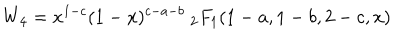
W _ { 4 } = x ^ { 1 - c } ( 1 - x ) ^ { c - a - b } \ _ { 2 } F _ { 1 } ( 1 - a , 1 - b , 2 - c , x )